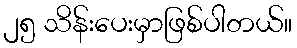
၂၅ သိန်းပေးမှာဖြစ်ပါတယ်။